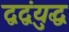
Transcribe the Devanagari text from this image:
द्वद्वंयुद्ध